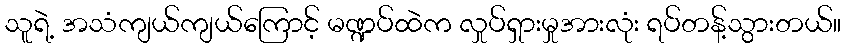
သူရဲ့ အသံကျယ်ကျယ်ကြောင့် မဏ္ဍပ်ထဲက လှုပ်ရှားမှုအားလုံး ရပ်တန့်သွားတယ်။